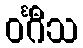
ဝင်္ဂီသ